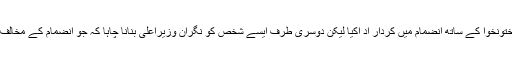
پی ٹی آئی ایک طرف یہ کریڈٹ لے رہی ہے کہ اس نے فاٹا کے خیبر پختونخوا کے ساتھ انضمام میں کردار اد اکیا لیکن دوسری طرف ایسے شخص کو نگران وزیراعلیٰ بنانا چاہا کہ جو انضمام کے مخالف تھے اور اس کے خلاف جے یو آئی کی تحریک کو فنانس کرتے رہے ۔